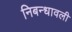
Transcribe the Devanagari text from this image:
निबन्‍धावली